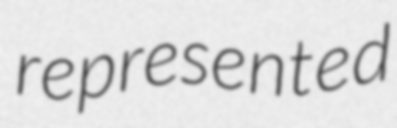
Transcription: represented